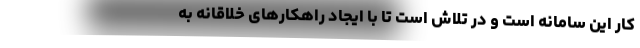
کار این سامانه است و در تلاش است تا با ایجاد راهکارهای خلاقانه به